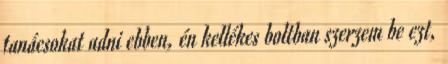
tanácsokat adni ebben, én kellékes boltban szerzem be ezt,